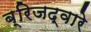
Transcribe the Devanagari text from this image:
ब्रिजद्वारे